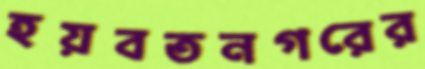
হয়বতনগরের